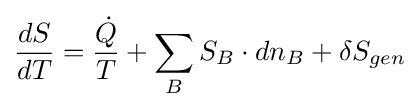
{\frac {dS}{dT}}={\frac {\dot {Q}}{T}}+\sum _{B}S_{B}\cdot dn_{B}+\delta S_{gen}